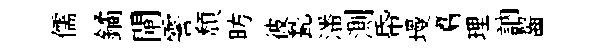
儒鐍閘霅頹昉彼甃潘測帋墁翥理訥齧